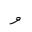
Letter: _waw